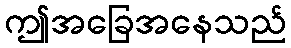
ဤအခြေအနေသည်